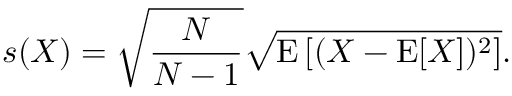
s ( X ) = { \sqrt { \frac { N } { N - 1 } } } { \sqrt { \operatorname { E } \left[ ( X - \operatorname { E } [ X ] ) ^ { 2 } \right] } } .